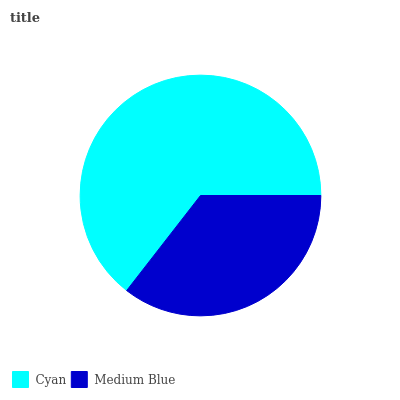
| Cyan | Medium Blue |
 | --- | --- |
 | 64.5% | 35.5% |